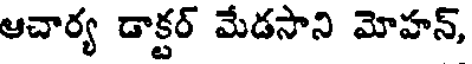
ఆచార్య డాక్టర్ మేడసాని మోహన్,